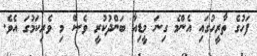
ފަހުގެ ތާރީހުގައި އެންމެ ގިނަ މީޑިއާ ބަންދުކުރީ ވެސް މި ވެރިކަމުގަ އެވެ.